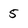
Character: 5